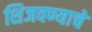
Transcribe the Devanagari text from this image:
शिजवण्याचे